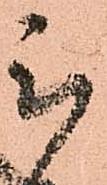
被